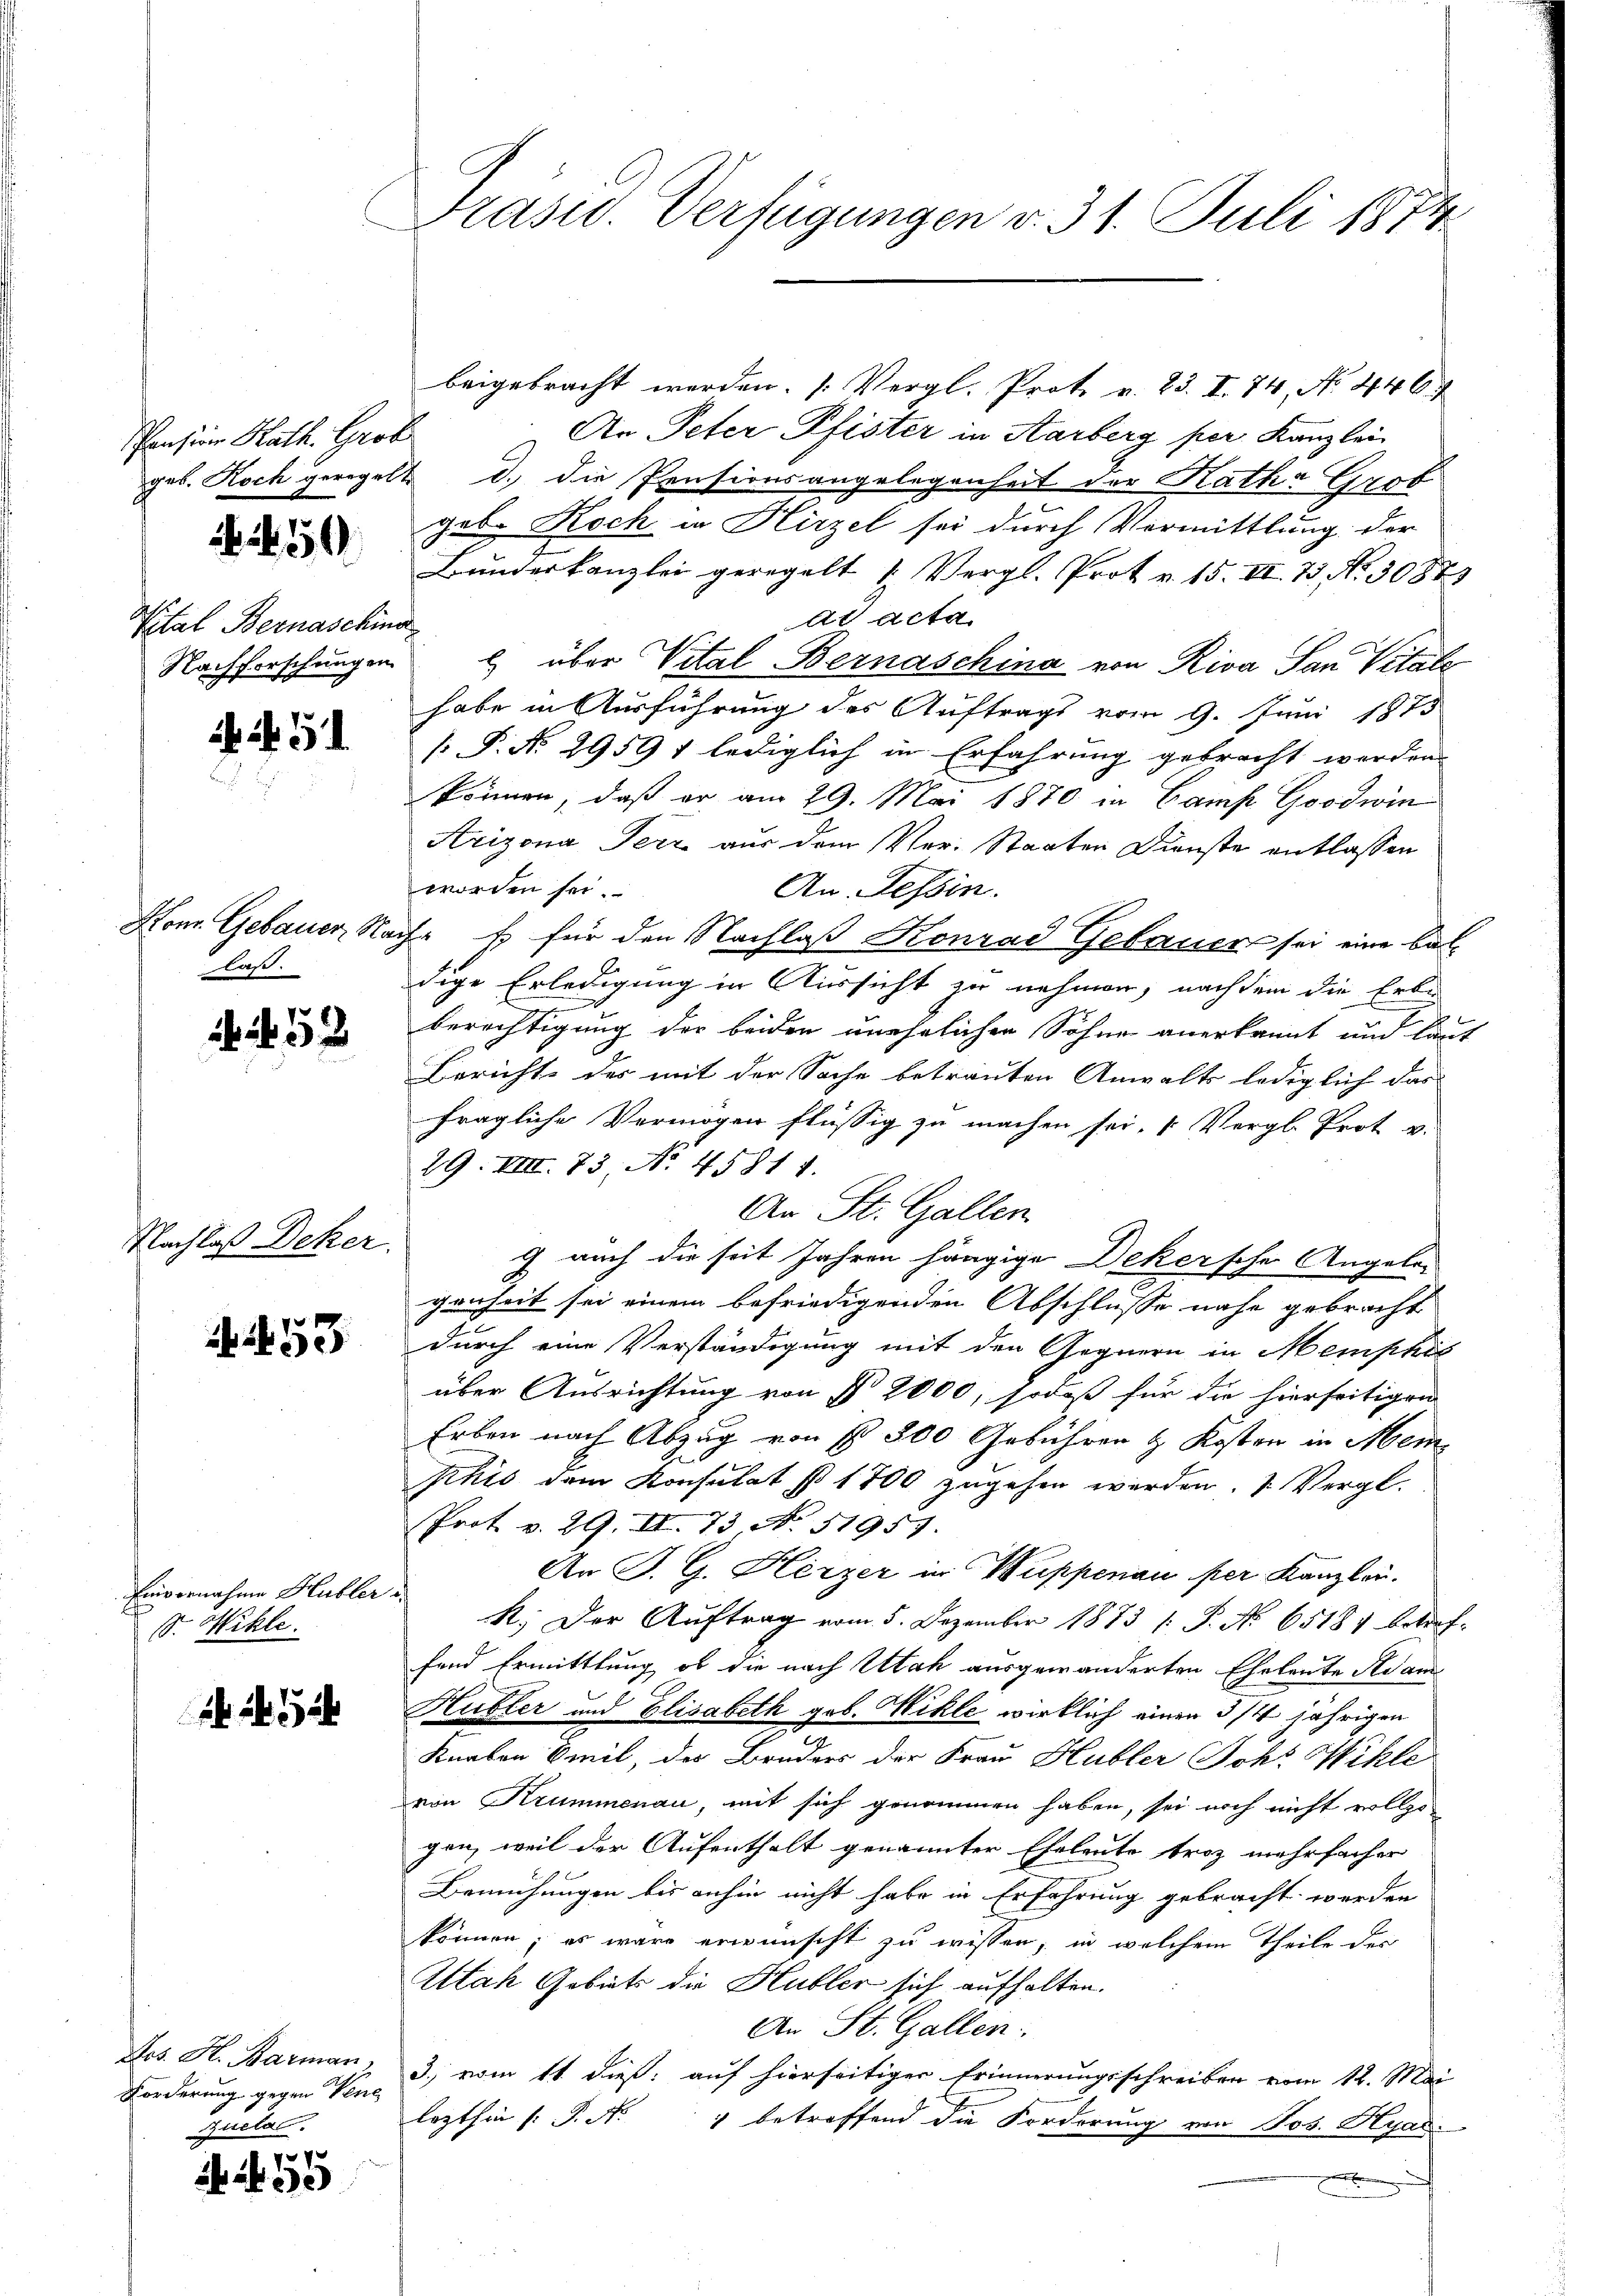
Pension Kath. Grob

Vital Bernaschina

N. 51

laß.

52

Nachlaß Deker.

i 153

Einvernahme Hubler
S. Hehle.

Los. H. Barman
Forderung gegen Vene
Ruela

7
  20

Präsid. Verfügungen v. 31. Juli 1874

beigebracht werden. (Vergl. Prote v. 23. I. 74, No 446.
An Peter Pfister in Karberg per Kanzlei
geb. Koch geregelt d. die Pensionsangelegenheit der Ratha Grot
geb. Koch in Hirzel sei durch Vermittlung der
Bunderkanzlei geregelt 1. Vergl. Prot v. 15. II. 75 No 3082
At Acta
Nachforschungen über Vital-Bernaschina von Riva San Vital
habe in Ausführung des Auftrags vom 9. Juni 1875
[ P. No. 29591 lediglich in Erfahrung gebracht werden.
können, daß er am 29. Mai 1870 in Camp Goodwin
Arizona Terz aus dem Ver- Staaten Dienste entlassen
worden sei.
An Tessin.
Hon. Gebauer Nach E. für den Nachlaß Konrad Gebauer sei eine baldige Erledigung in Aussicht zu nehmen, nachdem die Erbe
berechtigung der beiden unehelichen Söhne anerkannt und laut
Bericht des mit der Sache betrauten Anwalts lediglich das
fragliche Vermögen flüssig zu machen sei. " Vergl. Prot v.
29. VIII. 73, No 45811.
An St. Gallen.
g auch die seit Jahren hängige Deker'sche Angele-
genheit sei einem befriedigenden Abschlüsse nahe gebracht
durch eine Verständigung mit den Gegnern in Memskös
über Ausrichtung von § 2000, sodaß für die hierseitigen
Erben nach Abzug von fr. 500 Gebühren & Kosten in Mein
Phis dem Konsulat § 1700 zugehen werden, 1 Vergl.
Prot. v. 29. II. 73, No. 51957.
An P. G. Herzer in Suppenau per Kanzlei.
R. Der Auftrag vom 5. Dezember 1873 /: P. No 65181 betref-
fend Ermittlung, ob die nach Utah ausgewanderten Eheleute Adam
Hubler und Elisabeth geb. Mikle wirklich einen 3/4 jährigen
Knaben Emil, des Bruders der Frau Hubler Joh. Wähle
von Krummenau, mit sich genommen haben, sei noch nicht vollzogen, weil der Aufenthalt genannter Eheleute troz mehrfacher
Bemühungen bis anhin nicht habe in Erfahrung gebracht werden
können; es wäre erwünscht zu wissen, in welchem Theile der
Attah Gebiets die Hubler sich aufhalten.
An St. Gallen:
3.) vom 11. dieß: auf hierseitiger Erinnerungsschreiben vom 12. Mai
lezthin [P. N. 1 betreffend die Forderung von Pos. Hyad.
t